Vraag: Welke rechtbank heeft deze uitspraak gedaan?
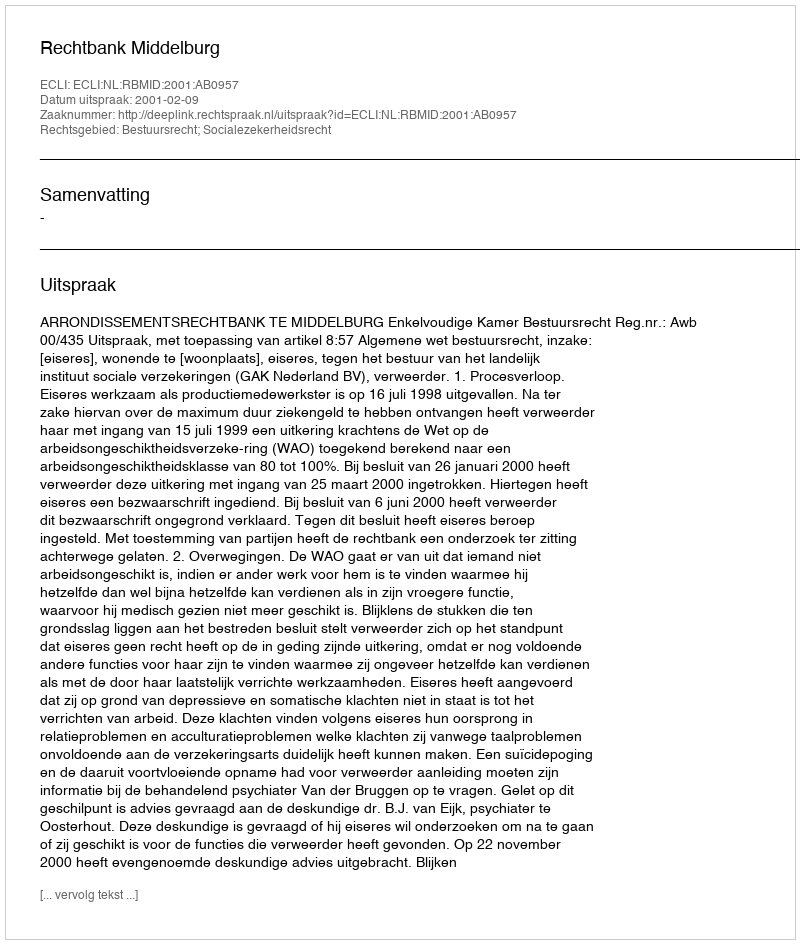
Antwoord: Rechtbank Middelburg